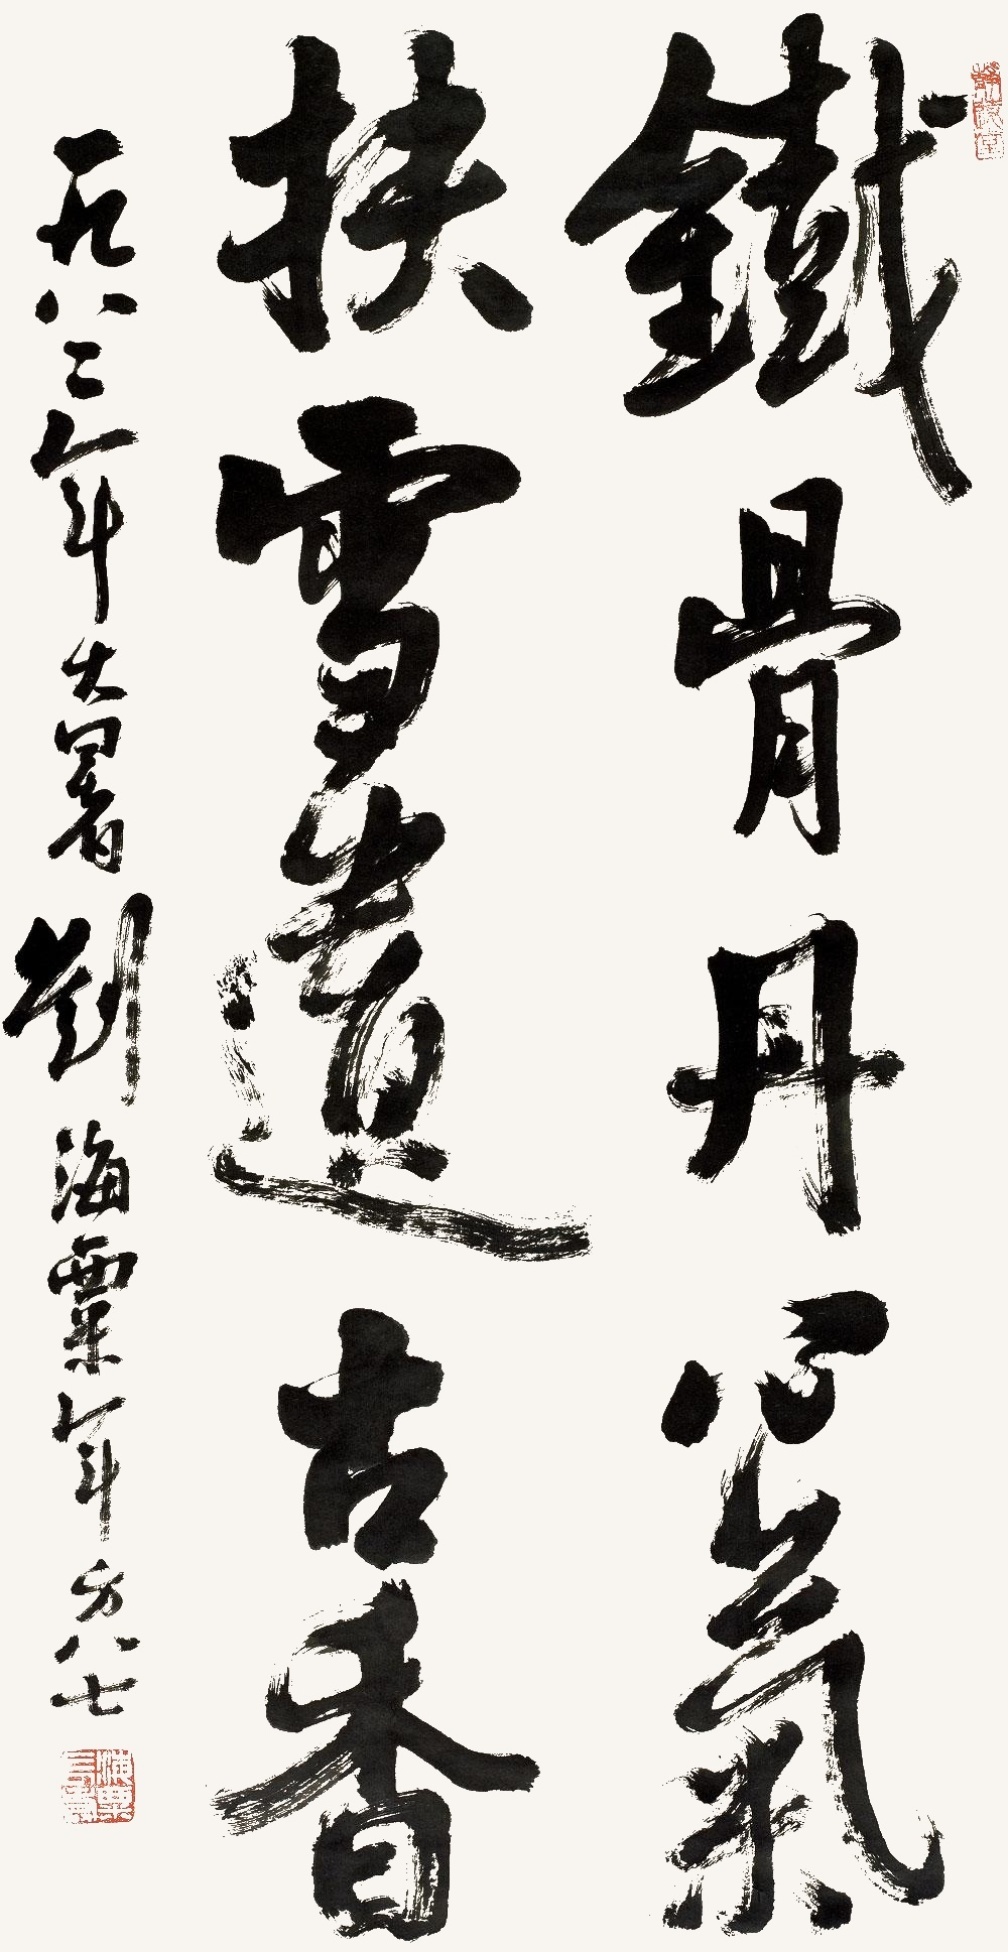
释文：铁骨丹心气，扶雪遗古香。一九八二年大暑，刘海粟年方八七。